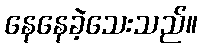
နေနေခဲ့သေးသည်။